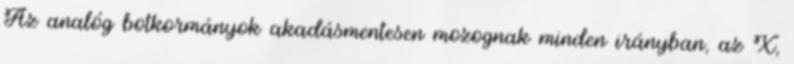
Az analóg botkormányok akadásmentesen mozognak minden irányban, az X,